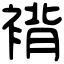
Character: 褙